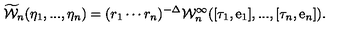
\widetilde { \cal W } _ { n } ( \eta _ { 1 } , . . . , \eta _ { n } ) = ( r _ { 1 } \cdots r _ { n } ) ^ { - \Delta } { \cal W } _ { n } ^ { \infty } ( [ \tau _ { 1 } , \mathrm { e } _ { 1 } ] , . . . , [ \tau _ { n } , \mathrm { e } _ { n } ] ) .